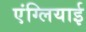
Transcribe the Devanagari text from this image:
एंग्लियाई